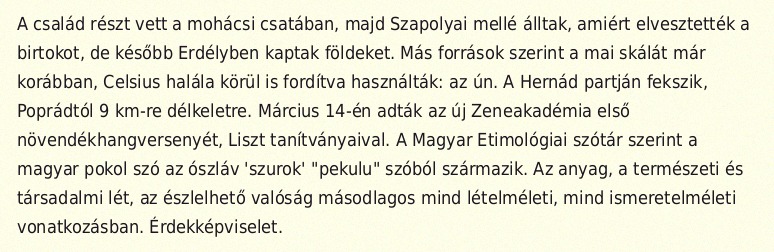
A család részt vett a mohácsi csatában, majd Szapolyai mellé álltak, amiért elvesztették a birtokot, de később Erdélyben kaptak földeket. Más források szerint a mai skálát már korábban, Celsius halála körül is fordítva használták: az ún. A Hernád partján fekszik, Poprádtól 9 km-re délkeletre. Március 14-én adták az új Zeneakadémia első növendékhangversenyét, Liszt tanítványaival. A Magyar Etimológiai szótár szerint a magyar pokol szó az ószláv 'szurok' "pekulu" szóból származik. Az anyag, a természeti és társadalmi lét, az észlelhető valóság másodlagos mind lételméleti, mind ismeretelméleti vonatkozásban. Érdekképviselet.